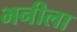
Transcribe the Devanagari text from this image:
भनीला